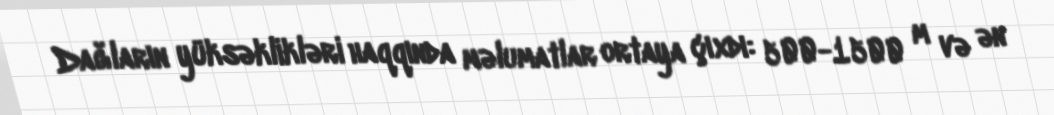
Dağların yüksəklikləri haqqında məlumatlar ortaya çıxdı: 500-1500 m və ən